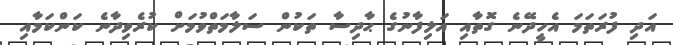
އަދި ފުރަތަމަ އެހީދޭނެ ގޮތާއި އަލިފާނުގެ ޙާދިސާ ތަކުން ސަލާމަތްވުމަށް ކުރެވިދާނެ ކަންކަމާއި